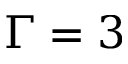
\Gamma = 3